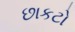
છાકટો